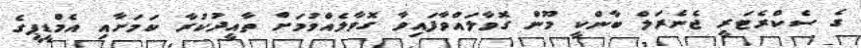
ގެ ސެކްރެޓަރީ ޖެނެރަލް ބާންކީ މޫން ގޮވާލައްވާފައިވާ ގޮވާލެއްވުމަށް ތާއީދުކުރާ ކަމަށާއި އެމްޑީޕީގެ